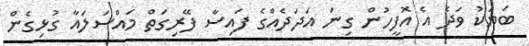
ބަޔަކު ވަދެ އެ އޮފީހުން ގިނަ އަދަދެއްގެ ފައިސާ ފޭރިގަތް މައްސަލައާ ގުޅިގެން